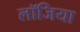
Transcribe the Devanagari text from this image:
लॉजिया